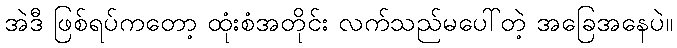
အဲဒီ ဖြစ်ရပ်ကတော့ ထုံးစံအတိုင်း လက်သည်မပေါ်တဲ့ အခြေအနေပဲ။